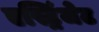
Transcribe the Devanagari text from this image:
एस्ट्रिंजेट